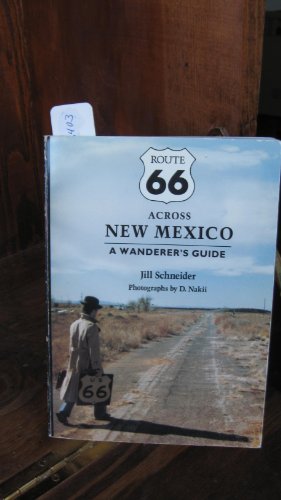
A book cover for Route 66 Across New Mexico: A Wanderer's Guide; Jill Schneider; Travel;